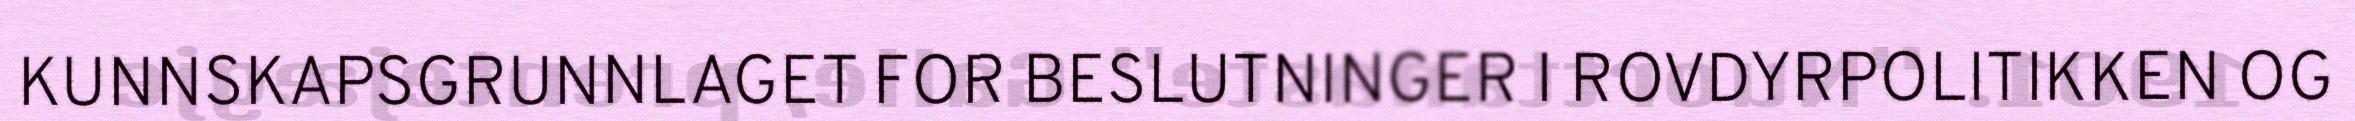
KUNNSKAPSGRUNNLAGET FOR BESLUTNINGER I ROVDYRPOLITIKKEN OG